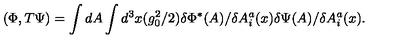
( \Phi , T \Psi ) = \int d A \int d ^ { 3 } x ( g _ { 0 } ^ { 2 } / 2 ) \delta \Phi ^ { * } ( A ) / \delta A _ { i } ^ { a } ( x ) \delta \Psi ( A ) / \delta A _ { i } ^ { a } ( x ) .